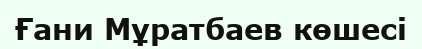
Ғани Мұратбаев көшесі